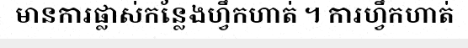
មានការផ្លាស់កន្លែងហ្វឹកហាត់ ។ ការហ្វឹកហាត់